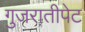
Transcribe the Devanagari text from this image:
गुजरातीपेट